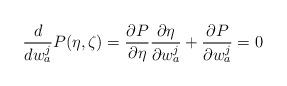
LaTeX: \begin{align*}\frac{d}{dw^j_a}P(\eta,\zeta)=\frac{\partial P}{\partial \eta} \frac{\partial \eta}{\partial w^j_a}+\frac{\partial P}{\partial w^j_a}=0\end{align*}